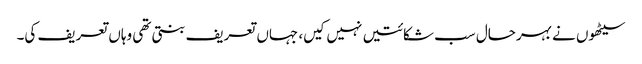
سیٹھوں نے بہرحال سب شکائتیں نہیں کیں، جہاں تعریف بنتی تھی وہاں تعریف کی۔